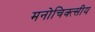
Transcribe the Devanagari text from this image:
मनोचिक्त्सीय